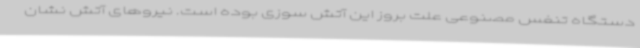
دستگاه تنفس مصنوعی علت بروز این آتش سوزی بوده است. نیروهای آتش نشان